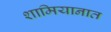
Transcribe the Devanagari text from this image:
शामियानात